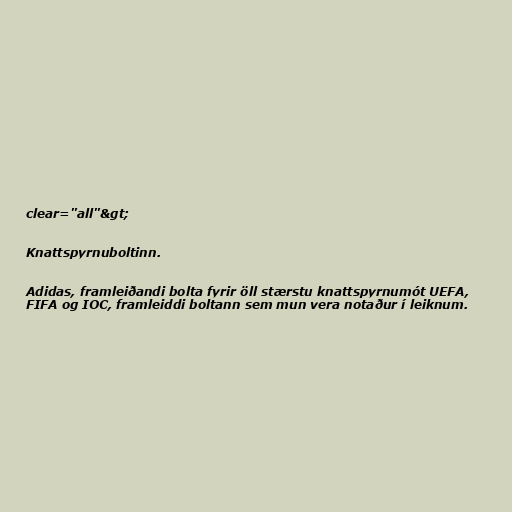
clear="all"&gt;

Knattspyrnuboltinn.

Adidas, framleiðandi bolta fyrir öll stærstu knattspyrnumót UEFA,
FIFA og IOC, framleiddi boltann sem mun vera notaður í leiknum.